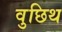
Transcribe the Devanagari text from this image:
वुछिथ